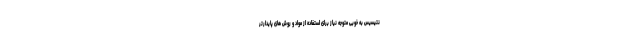
نتیسیس به خوبی متوجه نیاز برای استفاده از مواد و روش های پایدارتر